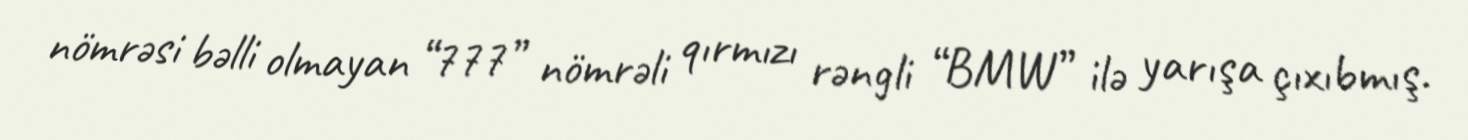
nömrəsi bəlli olmayan “777” nömrəli qırmızı rəngli “BMW” ilə yarışa çıxıbmış.